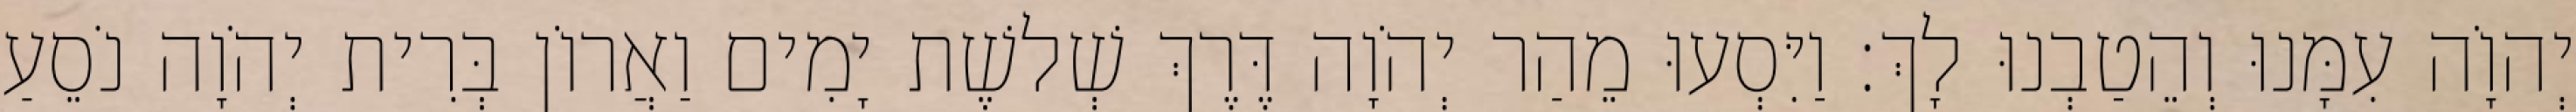
יְהוָֹה עִמָּנוּ וְהֵטַבְנוּ לָךְ׃ וַיִּסְעוּ מֵהַר יְהֹוָה דֶּרֶךְ שְׁלשֶׁת יָמִים וַאֲרוֹן בְּרִית יְהֹוָה נֹסֵעַ